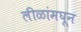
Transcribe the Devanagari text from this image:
लीळांमघून